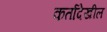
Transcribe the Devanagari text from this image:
कर्तादेखील